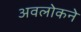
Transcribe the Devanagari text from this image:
अवलोकने